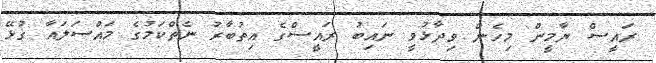
ރައީސް ޔާމީން މިހެން ވިދާޅުވީ ނައިބު ރައީސްގެ އިތުބާރު ނެތްކަމުގެ މައްސަލައާ ގުޅޭ